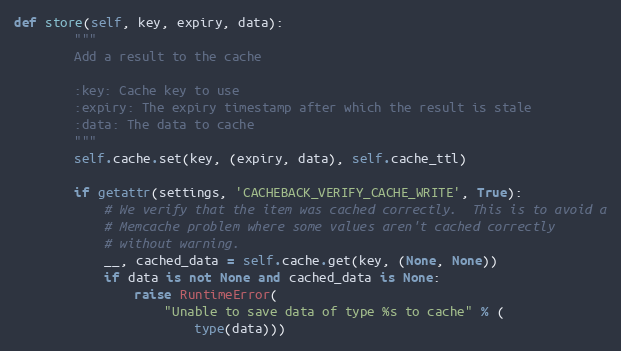
Language: Python
def store(self, key, expiry, data):
        """
        Add a result to the cache

        :key: Cache key to use
        :expiry: The expiry timestamp after which the result is stale
        :data: The data to cache
        """
        self.cache.set(key, (expiry, data), self.cache_ttl)

        if getattr(settings, 'CACHEBACK_VERIFY_CACHE_WRITE', True):
            # We verify that the item was cached correctly.  This is to avoid a
            # Memcache problem where some values aren't cached correctly
            # without warning.
            __, cached_data = self.cache.get(key, (None, None))
            if data is not None and cached_data is None:
                raise RuntimeError(
                    "Unable to save data of type %s to cache" % (
                        type(data)))